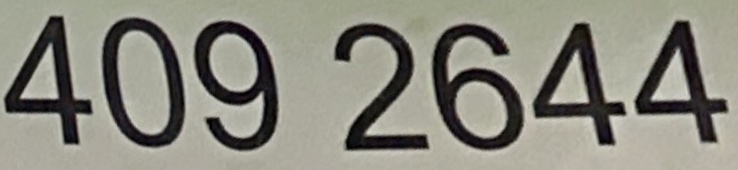
409 2644